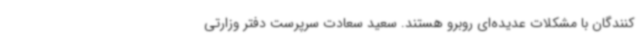
کنندگان با مشکلات عدیده‌ای روبرو هستند. سعید سعادت سرپرست دفتر وزارتی